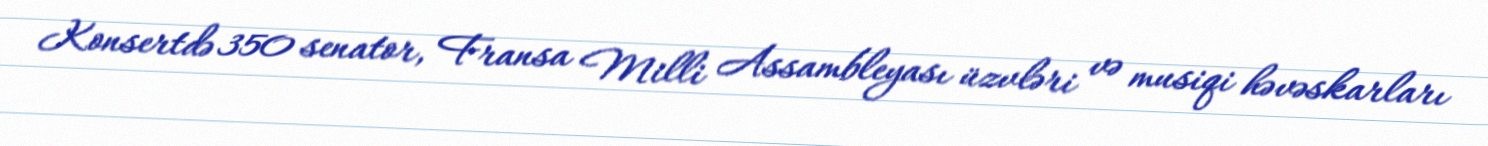
Konsertdə 350 senator, Fransa Milli Assambleyası üzvləri və musiqi həvəskarları